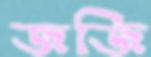
জজি